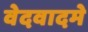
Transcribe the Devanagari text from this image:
वेदवादमे